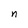
Character: n